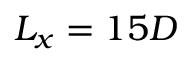
L _ { x } = 1 5 D